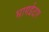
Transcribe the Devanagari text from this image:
भागईदार